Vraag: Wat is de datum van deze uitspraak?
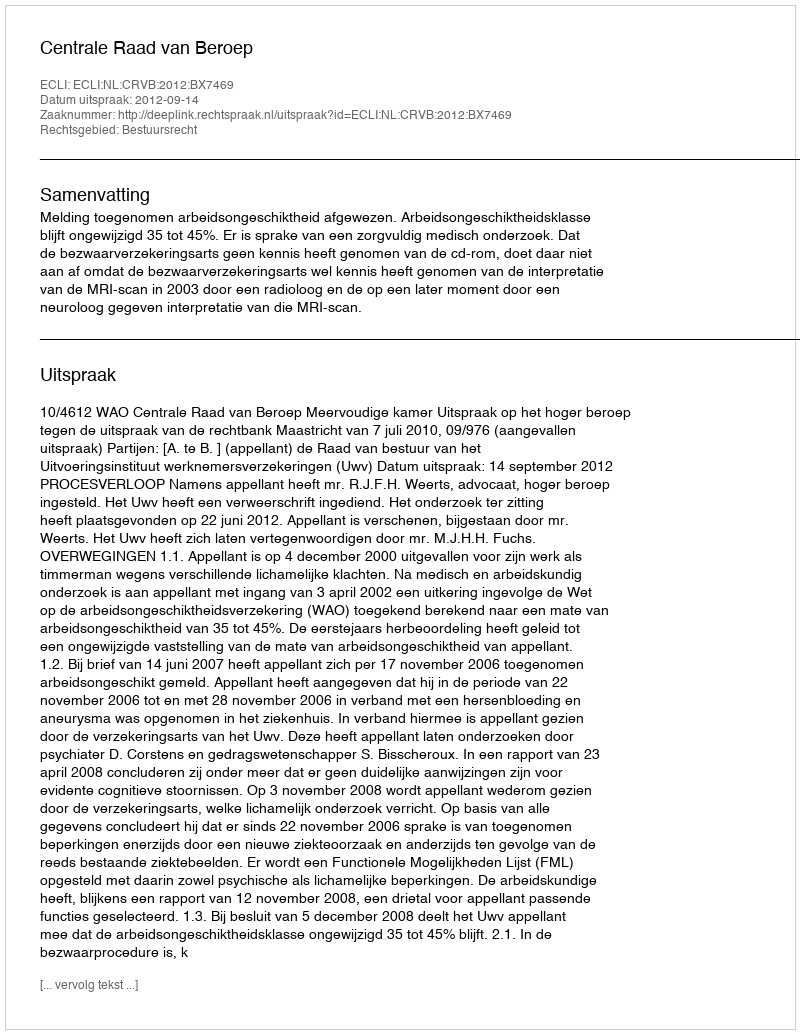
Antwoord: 2012-09-14